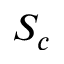
S _ { c }